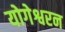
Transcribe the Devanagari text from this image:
योगेश्वरन